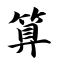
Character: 算